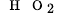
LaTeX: _{{\mathrm{~\scriptsize~H~}}{\mathrm{~\scriptsize~O~}}_{2}}